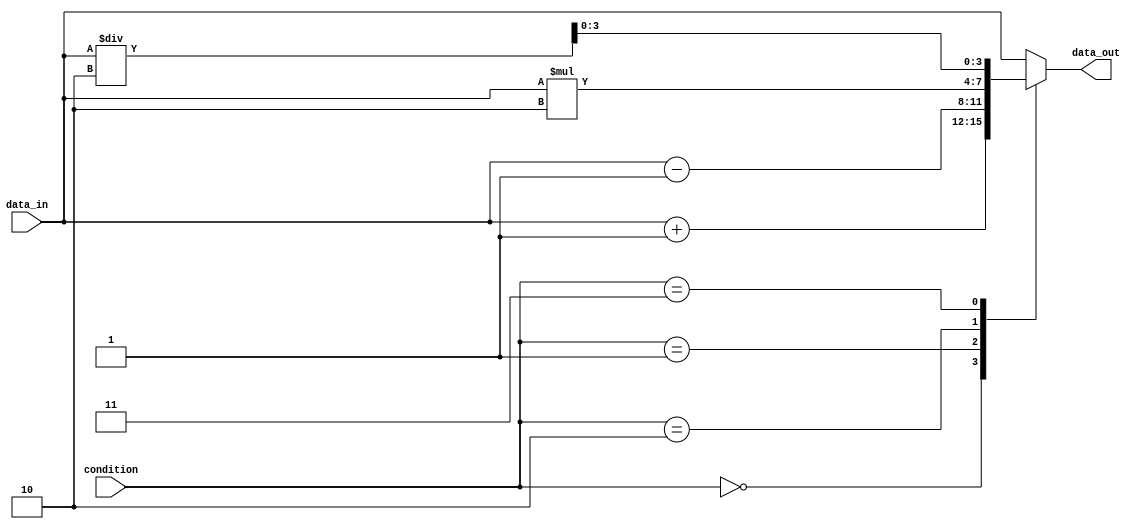
module unique_case_statement (
    input [3:0] condition,
    input [3:0] data_in,
    output reg [3:0] data_out
);

always @* begin
    case (condition)
        4'b0000: begin
            // Code block for condition 0000
            data_out = data_in + 1;
        end
        4'b0001: begin
            // Code block for condition 0001
            data_out = data_in - 1;
        end
        4'b0010: begin
            // Code block for condition 0010
            data_out = data_in * 2;
        end
        4'b0011: begin
            // Code block for condition 0011
            data_out = data_in / 2;
        end
        default: begin
            // Default code block
            data_out = data_in;
        end
    endcase
end

endmodule